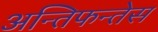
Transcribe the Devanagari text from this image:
अन्तिफन्तेस